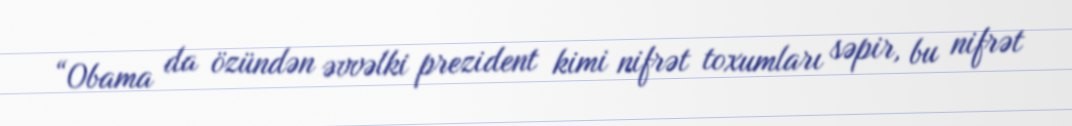
“Obama da özündən əvvəlki prezident kimi nifrət toxumları səpir, bu nifrət